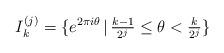
LaTeX: \begin{align*} I_k^{(j)} = \{e^{2\pi i \theta} \, | \, \tfrac{k-1}{2^j} \le \theta < \tfrac{k}{2^j} \}\end{align*}